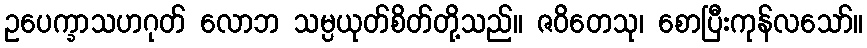
ဥပေက္ခာသဟဂုတ် လောဘ သမ္ပယုတ်စိတ်တို့သည်။ ဇဝိတေသု၊ စောပြီးကုန်လသော်။